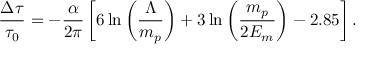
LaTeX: { \frac { \Delta \tau } { \tau _ { 0 } } } = - { \frac { \alpha } { 2 \pi } } \left[ 6 \ln \left( { \frac { \Lambda } { m _ { p } } } \right) + 3 \ln \left( { \frac { m _ { p } } { 2 E _ { m } } } \right) - 2 . 8 5 \right] .